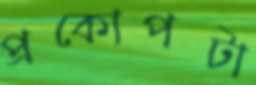
প্রকোপটা